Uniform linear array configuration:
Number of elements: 4
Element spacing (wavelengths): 0.25
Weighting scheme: exponential
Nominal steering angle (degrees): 15
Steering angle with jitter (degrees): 15.384
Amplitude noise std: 0.05
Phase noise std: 0.05

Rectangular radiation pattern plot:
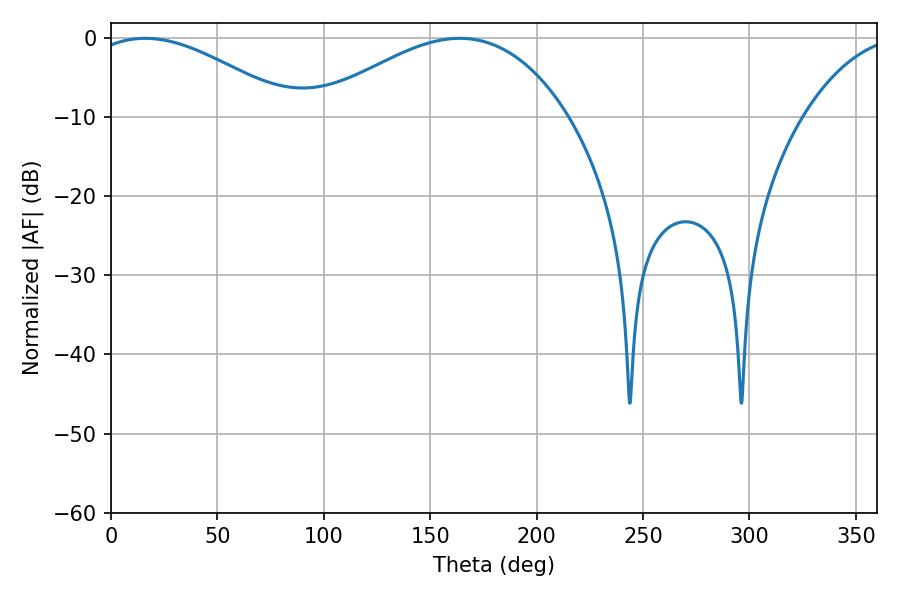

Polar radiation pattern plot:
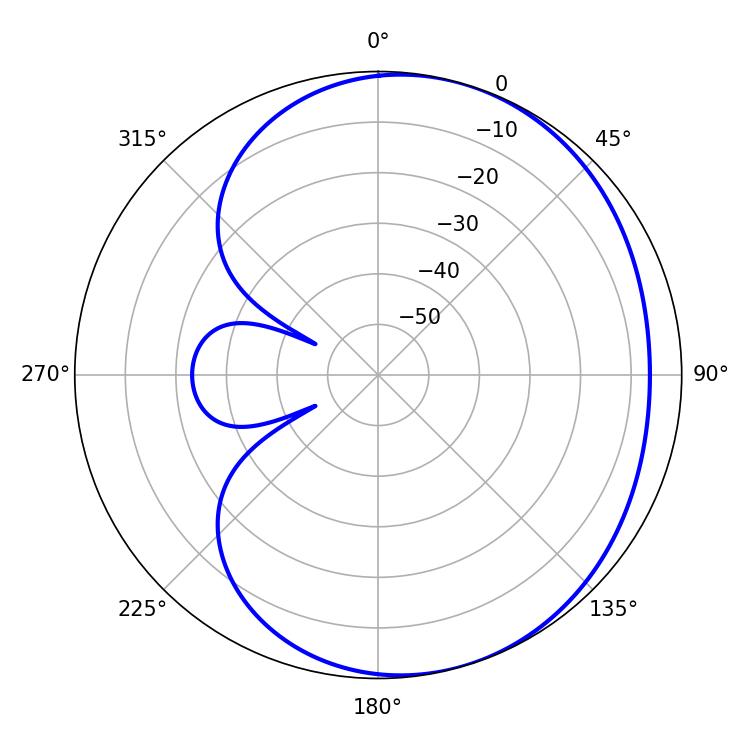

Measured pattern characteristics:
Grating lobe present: FALSE
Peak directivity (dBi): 3.668
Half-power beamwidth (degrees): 52.38
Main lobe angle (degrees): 16.02